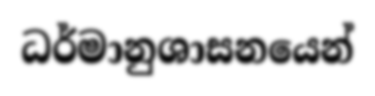
ධර්මානුශාසනයෙන්